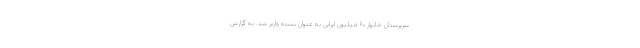
سرپرستان خانوار ۶۰ میلیون ایرانی به عنوان بسته واریز شد. به گزارش